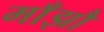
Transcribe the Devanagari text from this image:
माँझौ